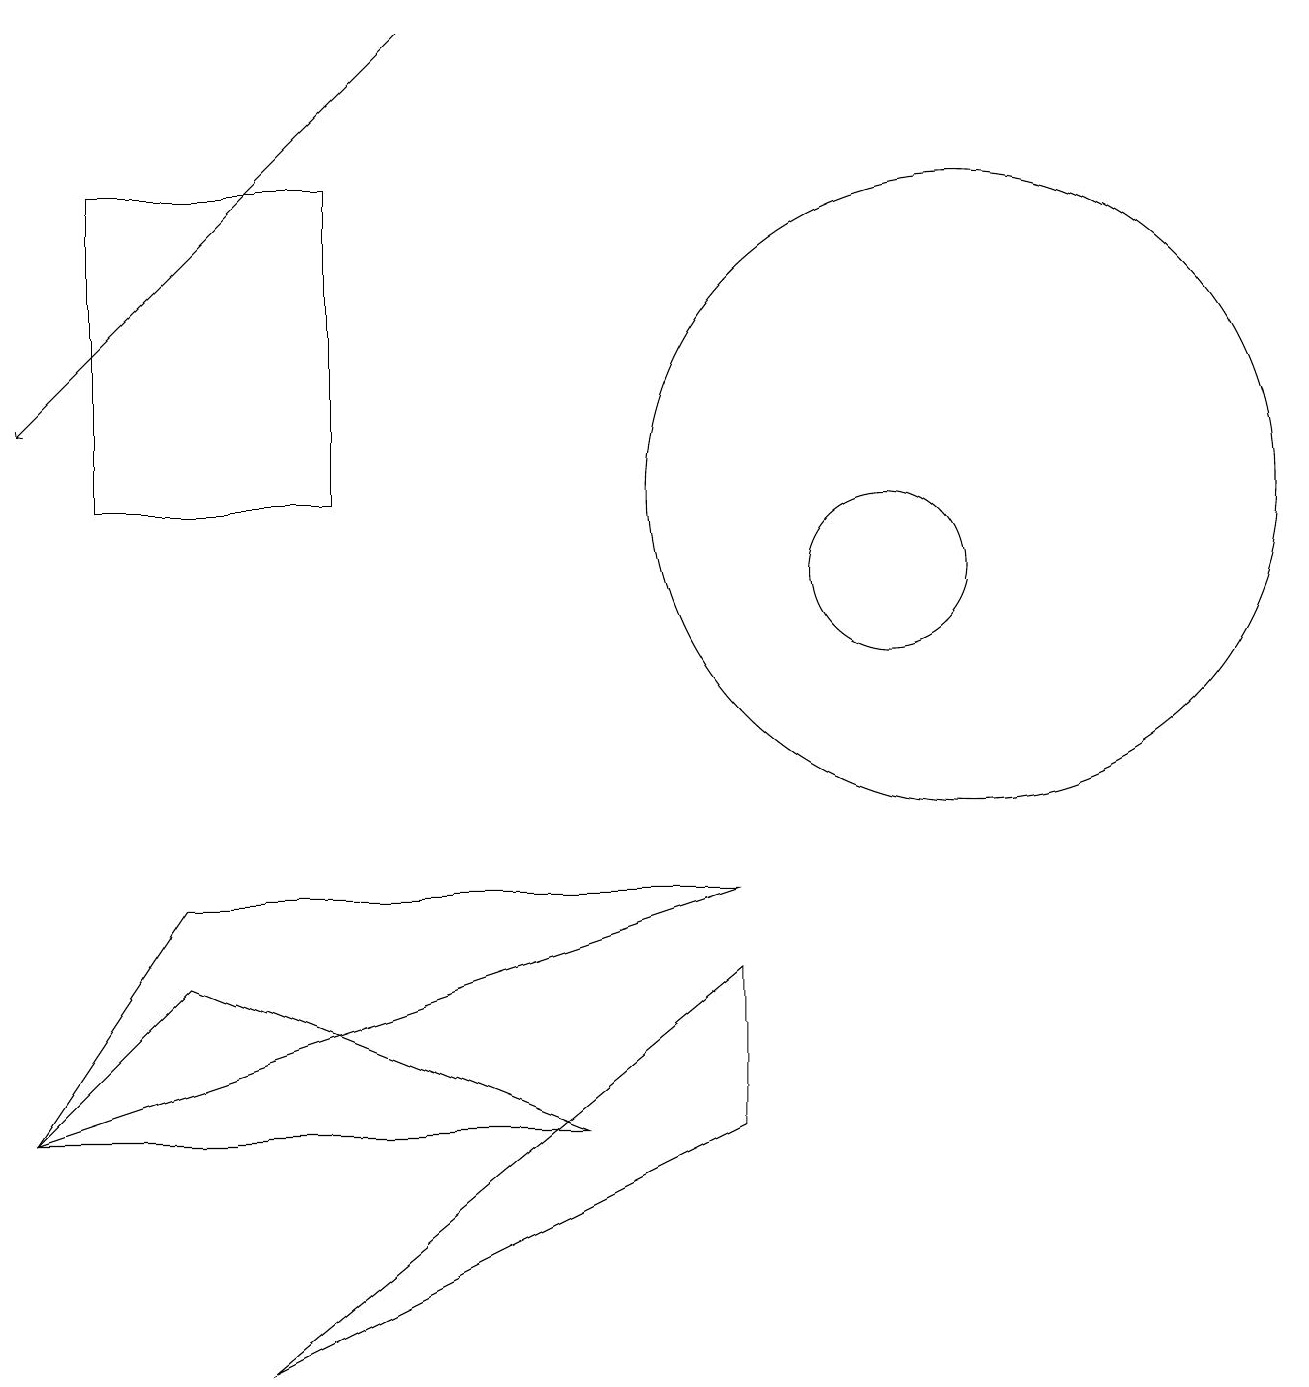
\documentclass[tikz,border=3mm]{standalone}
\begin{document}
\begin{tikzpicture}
\draw (9,6) -- (2,6) -- (0,3) -- cycle;
\draw (9,3) -- (3,0) -- (9,5) -- cycle;
\draw (11,10) circle (1);
\draw[->] (5,17) -- (0,12);
\draw (12,11) circle (4);
\draw (4,15) rectangle (1,11);
\draw (0,3) -- (7,3) -- (2,5) -- cycle;
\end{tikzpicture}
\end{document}